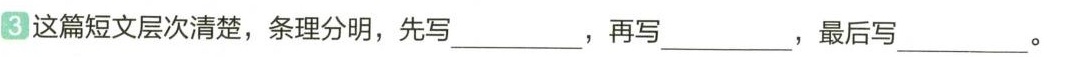
这篇短文层次清楚，条理分明，先写___，再写___，最后写___。